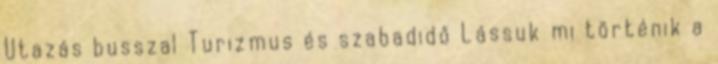
Utazás busszal Turizmus és szabadidő Lássuk mi történik a